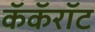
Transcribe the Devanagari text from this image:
कॅकॅरॉट